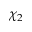
\chi _ { 2 }